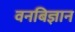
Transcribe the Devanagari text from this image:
वनबिज्ञान